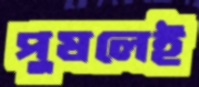
পুষলেই